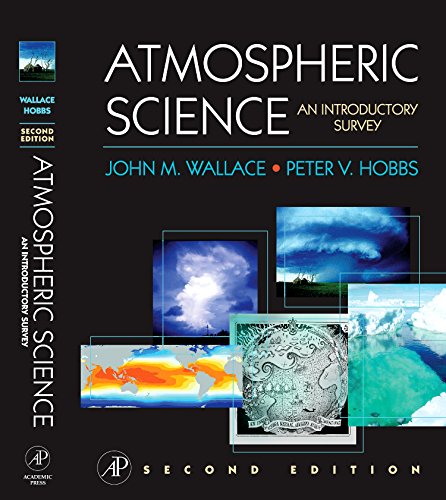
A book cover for Atmospheric Science, Second Edition: An Introductory Survey (International Geophysics); John M. Wallace; Science & Math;